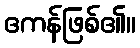
ဧကန်ဖြစ်၏။